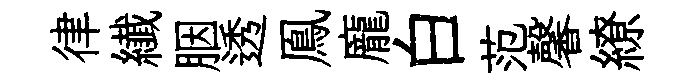
律纎胭透鳯龐白范馨繚